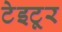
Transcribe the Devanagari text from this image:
टेइटूर